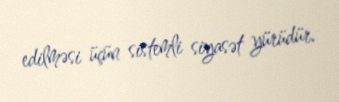
edilməsi üçün sistemli siyasət yürüdür.